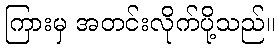
ကြားမှ အတင်းလိုက်ပို့သည်။